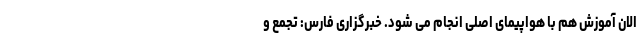
الان آموزش هم با هواپیمای اصلی انجام می شود. خبرگزاری فارس: تجمع و